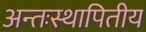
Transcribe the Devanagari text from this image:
अन्तःस्थापितीय